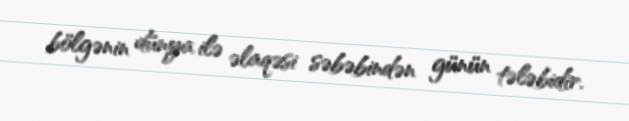
bölgənin dünya ilə əlaqəsi səbəbindən günün tələbidir.